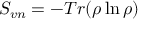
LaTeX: S _ { v n } = - T r ( \rho \ln \rho )